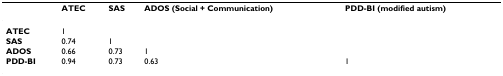
<table><thead><tr><td></td><td><b>ATEC</b></td><td><b>SAS</b></td><td><b>ADOS (Social + Communication)</b></td><td><b>PDD-BI (modified autism)</b></td></tr></thead><tbody><tr><td><b>ATEC</b></td><td>1</td><td></td><td></td><td></td></tr><tr><td><b>SAS</b></td><td>0.74</td><td>1</td><td></td><td></td></tr><tr><td><b>ADOS</b></td><td>0.66</td><td>0.73</td><td>1</td><td></td></tr><tr><td><b>PDD-BI</b></td><td>0.94</td><td>0.73</td><td>0.63</td><td>1</td></tr></tbody></table>